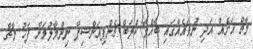
މާޗް އަށެއް އަދި ނުވައެއްގައި ބާއްވާ ކްލަބް ޗެންޕިއަންޝިޕް ނިންމާލުމަށް ފަހު މާޗް